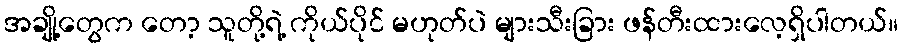
အချို့တွေက တော့ သူတို့ရဲ့ ကိုယ်ပိုင် မဟုတ်ပဲ များသီးခြား ဖန်တီးထားလေ့ရှိပါတယ်။